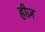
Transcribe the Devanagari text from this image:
हीज़